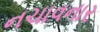
નચાવનાર